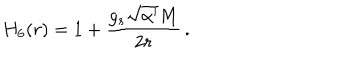
LaTeX: H _ { 6 } ( r ) = 1 + \frac { g _ { s } \sqrt { \alpha ^ { \prime } } M } { 2 r } \, .